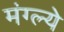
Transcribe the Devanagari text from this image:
मंग्ल्ये